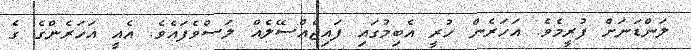
ލަންޑަނަށް ފުރީމެވެ. އަހަރެން ހުރީ އެބިމުގައި ފައިޖެއްސޭލެއް ލަސްވެފައެވެ. އެއީ އަހަރެންގެ ގެ